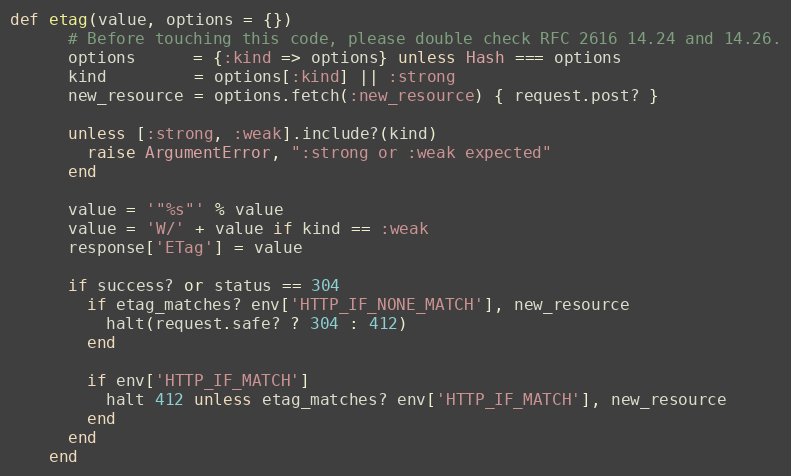
Language: Ruby
def etag(value, options = {})
      # Before touching this code, please double check RFC 2616 14.24 and 14.26.
      options      = {:kind => options} unless Hash === options
      kind         = options[:kind] || :strong
      new_resource = options.fetch(:new_resource) { request.post? }

      unless [:strong, :weak].include?(kind)
        raise ArgumentError, ":strong or :weak expected"
      end

      value = '"%s"' % value
      value = 'W/' + value if kind == :weak
      response['ETag'] = value

      if success? or status == 304
        if etag_matches? env['HTTP_IF_NONE_MATCH'], new_resource
          halt(request.safe? ? 304 : 412)
        end

        if env['HTTP_IF_MATCH']
          halt 412 unless etag_matches? env['HTTP_IF_MATCH'], new_resource
        end
      end
    end